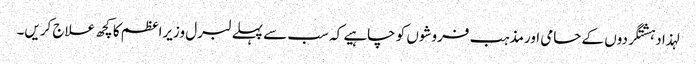
لہذا دہشتگردوں کے حامی اورمذہب فروشوں کو چاہیے کہ سب سے پہلے لبرل وزیراعظم کا کچھ علاج کریں۔